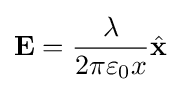
\mathbf {E} ={\frac {\lambda }{2\pi \varepsilon _{0}x}}{\hat {\mathbf {x} }}